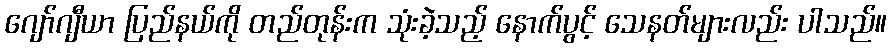
ဂျော်ဂျီယာ ပြည်နယ်ကို တည်တုန်းက သုံးခဲ့သည့် နောက်ပွင့် သေနတ်များလည်း ပါသည်။